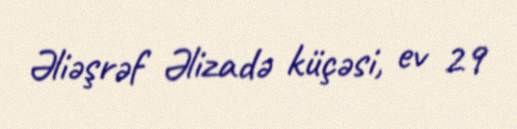
Əliəşrəf Əlizadə küçəsi, ev 29